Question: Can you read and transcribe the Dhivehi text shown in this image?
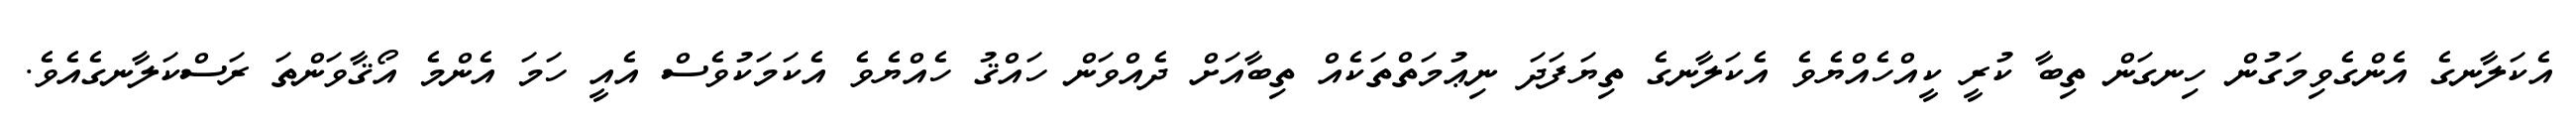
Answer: އެކަލާނގެ އެންގެވިމަގުން ހިނގަން ތިބާ ކުރީ ކީއްހެއްޔެވެ އެކަލާނގެ ތިޔަފަދަ ނިޢުމަތްތަކެއް ތިބާއަށް ދެއްވަން ހައްޤު ހެއްޔެވެ އެކަމަކުވެސް އެއީ ހަމަ އެންމެ އޯޤާވަންތަ ރަސްކަލާނގެއެވެ.